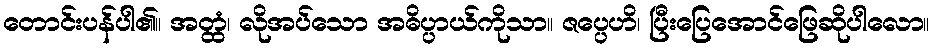
တောင်းပန်ပါ၏။ အတ္ထံ၊ လိုအပ်သော အဓိပ္ပာယ်ကိုသာ။ ဇပ္ပေဟိ၊ ပြီးပြေအောင်ဖြေဆိုပါလော။